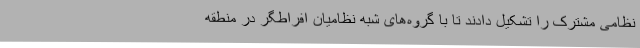
نظامی مشترک را تشکیل دادند تا با گروه‌های شبه نظامیان افراطگر در منطقه